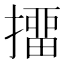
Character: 㩅